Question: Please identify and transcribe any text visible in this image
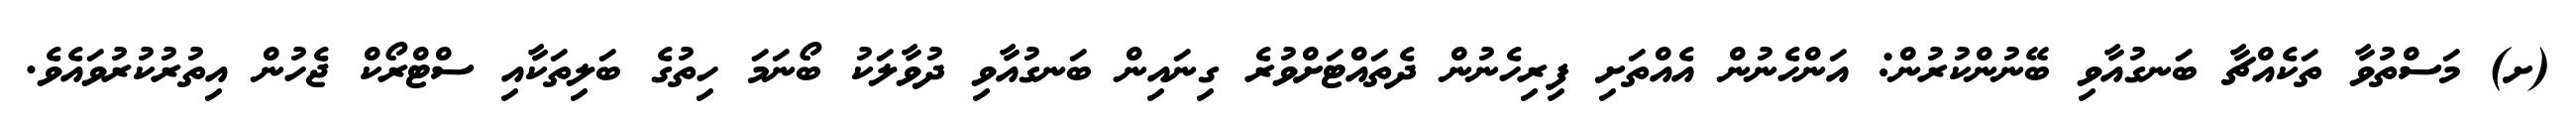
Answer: (ށ) މަސްތުވާ ތަކެއްޗާ ބަނގުއާވި ބޭނުންކުރުން: އަންހެނުން އެއްތަށި ފިރިހެނުން ދެތައްޓަށްވުރެ ގިނައިން ބަނގުއާވި ދުވާލަކު ބޯނަމަ ހިތުގެ ބަލިތަކާއި ސްޓްރޯކް ޖެހުން އިތުރުކުރުވައެވެ.